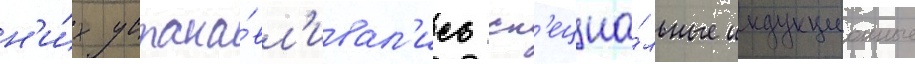
н'и́х устана́вл'ивал'ись сп'ециа́льные индукционные